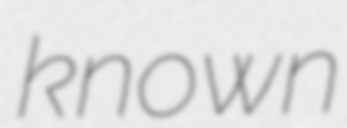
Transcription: known